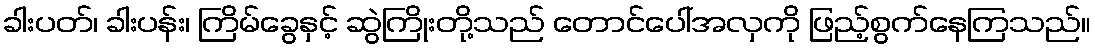
ခါးပတ်၊ ခါးပန်း၊ ကြိမ်ခွေနှင့် ဆွဲကြိုးတို့သည် တောင်ပေါ်အလှကို ဖြည့်စွက်နေကြသည်။